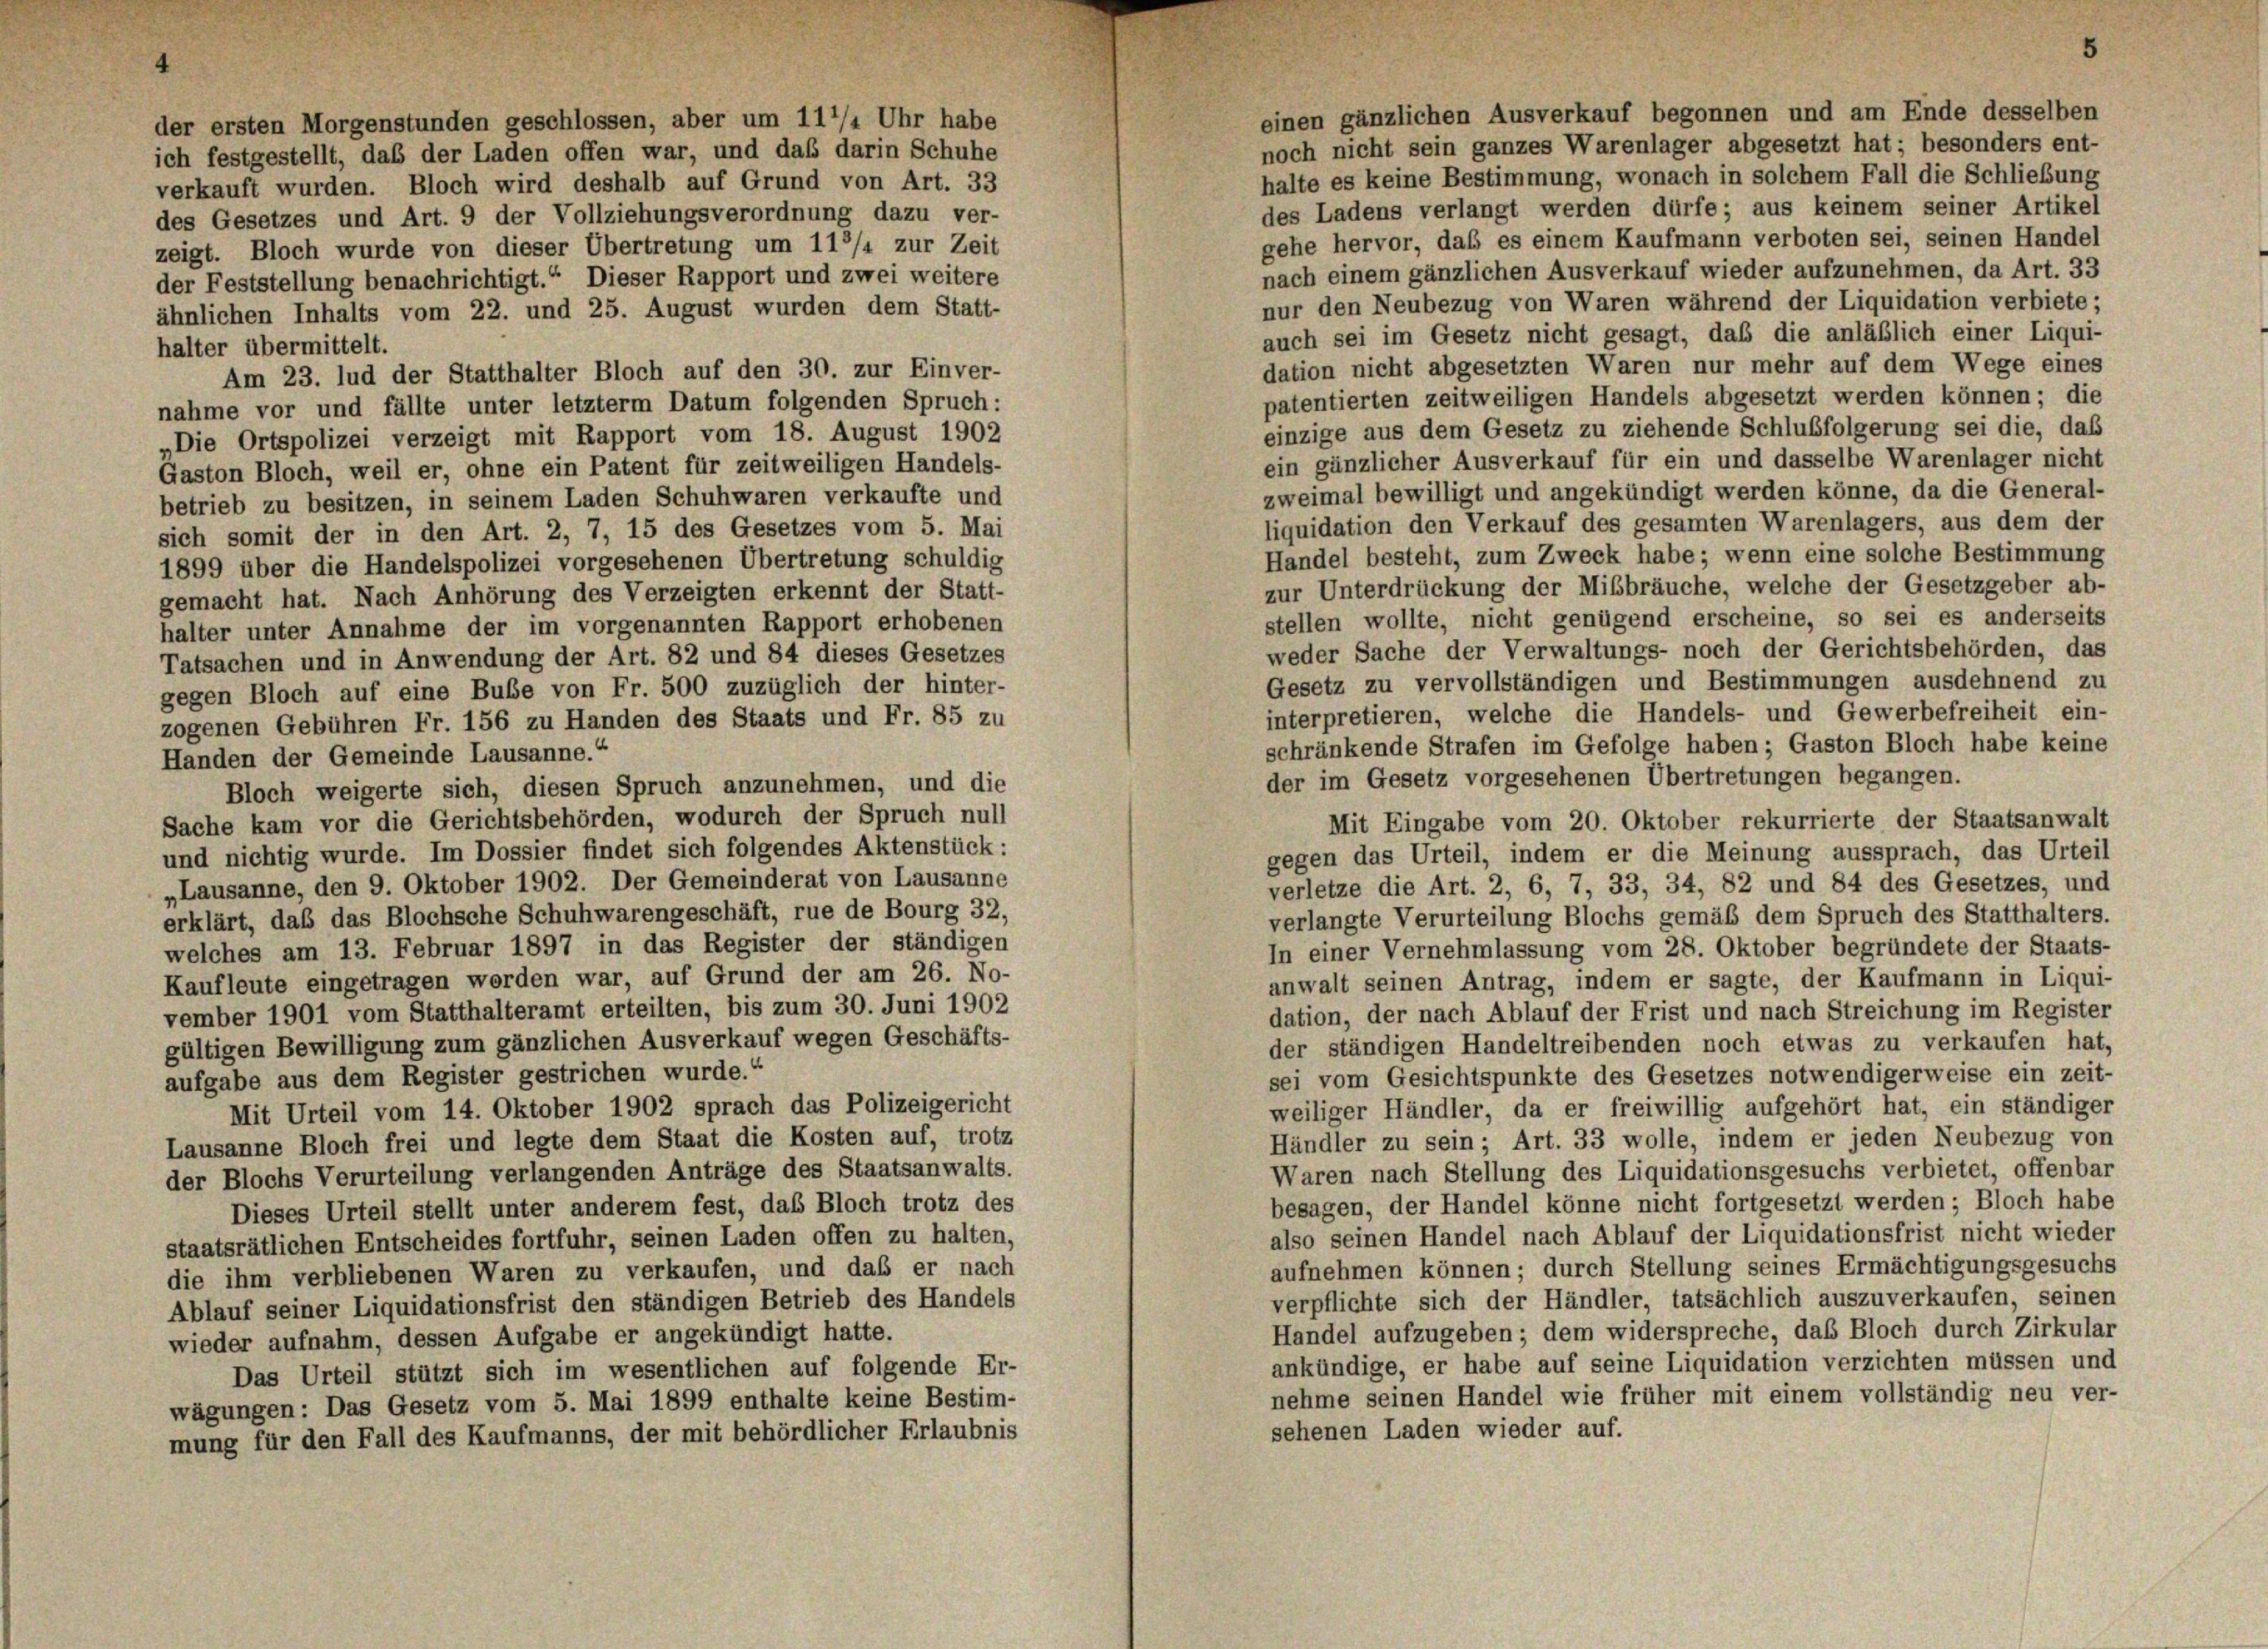
der ersten Morgenstunden geschlossen, aber um 117/4 Uhr habe

5

einen gänzlichen Ausverkauf begonnen und am Ende desselben
noch nicht sein ganzes Warenlager abgesetzt hat; besonders ent-
ich festgestellt, das der Laden offen war, und daß darin Schuhe
halte es keine Bestimmung, wonach in solchem Fall die Schließung
verkauft wurden. Bloch wird deshalb auf Grund von Art. 33
des Ladens verlangt werden dürfe; aus keinem seiner Artikel
des Gesetzes und Art. 9 der Vollziehungsverordnung dazu ver-
gehe hervor, daß es einem Kaufmann verboten sei, seinen Handel
zeigt. Bloch wurde von dieser Übertretung um 11/4 zur Zeit
nach einem gänzlichen Ausverkauf wieder aufzunehmen, da Art. 33
der Feststellung benachrichtigt.“ Dieser Rapport und zwei weitere
nur den Neubezug von Waren während der Liquidation verbiete;
ähnlichen Inhalts vom 22. und 25. August wurden dem Statt-
auch sei im Gesetz nicht gesagt, daß die anläßlich einer Liqui-
halter übermittelt.
dation nicht abgesetzten Waren nur mehr auf dem Wege eines
Am 23. lud der Statthalter Bloch auf den 30. zur Einver-
patentierten zeitweiligen Handels abgesetzt werden können; die
nahme vor und fällte unter letzterm Datum folgenden Spruch:
einzige aus dem Gesetz zu ziehende Schlußfolgerung sei die, das
„Die Ortspolizei verzeigt mit Rapport vom 18. August 1902
ein gänzlicher Ausverkauf für ein und dasselbe Warenlager nicht
Gaston Bloch, weil er, ohne ein Patent für zeitweiligen Handels-
zweimal bewilligt und angekündigt werden könne, da die General-
betrieb zu besitzen, in seinem Laden Schuhwaren verkaufte und
liquidation den Verkauf des gesamten Warenlagers, aus dem der
sich somit der in den Art. 2, 7, 15 des Gesetzes vom 5. Mai
Handel besteht, zum Zweck habe; wenn eine solche Bestimmung
1899 über die Handelspolizei vorgesehenen Übertretung schuldig
zur Unterdrückung der Mißbräuche, welche der Gesetzgeber ab-
gemacht hat. Nach Anhörung des Verzeigten erkennt der Statt-
stellen wollte, nicht genügend erscheine, so sei es anderseits
halter unter Annahme der im vorgenannten Rapport erhobenen
weder Sache der Verwaltungs- noch der Gerichtsbehörden, das
Tatsachen und in Anwendung der Art. 82 und 84 dieses Gesetzes
Gesetz zu vervollständigen und Bestimmungen ausdehnend zu
gegen Bloch auf eine Bube von Fr. 500 zuzüglich der hinter-
interpretieren, welche die Handels- und Gewerbefreiheit ein-
zogenen Gebühren Fr. 156 zu Handen des Staats und Fr. 85 zu
schränkende Strafen im Gefolge haben; Gaston Bloch habe keine
Handen der Gemeinde Lausanne.“
der im Gesetz vorgesehenen Übertretungen begangen.
Bloch weigerte sich, diesen Spruch anzunehmen, und die
Sache kam vor die Gerichtsbehörden, wodurch der Spruch null
Mit Eingabe vom 20. Oktober rekurrierte der Staatsanwalt
und nichtig wurde. Im Dossier findet sich folgendes Aktenstück:
gegen das Urteil, indem er die Meinung aussprach, das Urteil
„Lausanne, den 9. Oktober 1902. Der Gemeinderat von Lausanne
verletze die Art. 2, 6, 7, 33, 34, 82 und 84 des Gesetzes, und
erklärt, daß das Blochsche Schuhwarengeschäft, rue de Bourg 32,
verlangte Verurteilung Blochs gemäß dem Spruch des Statthalters.
welches am 13. Februar 1897 in das Register der ständigen
In einer Vernehmlassung vom 28. Oktober begründete der Staats-
Kaufleute eingetragen werden war, auf Grund der am 26. No-
anwalt seinen Antrag, indem er sagte, der Kaufmann in Liqui-
vember 1901 vom Statthalteramt erteilten, bis zum 30. Juni 1902
dation, der nach Ablauf der Frist und nach Streichung im Register
gültigen Bewilligung zum gänzlichen Ausverkauf wegen Geschäfts-
der ständigen Handeltreibenden noch etwas zu verkaufen hat,
sei vom Gesichtspunkte des Gesetzes notwendigerweise ein zeit-
aufgabe aus dem Register gestrichen wurde.
weiliger Händler, da er freiwillig aufgehört hat, ein ständiger
Mit Urteil vom 14. Oktober 1902 sprach das Polizeigericht
Händler zu sein; Art. 33 wolle, indem er jeden Neubezug von
Lausanne Bloch frei und legte dem Staat die Kosten auf, trotz
Waren nach Stellung des Liquidationsgesuchs verbietet, offenbar
der Blochs Verurteilung verlangenden Anträge des Staatsanwalts.
besagen, der Handel könne nicht fortgesetzt werden; Bloch habe
Dieses Urteil stellt unter anderem fest, das Bloch trotz des
also seinen Handel nach Ablauf der Liquidationsfrist nicht wieder
staatsrätlichen Entscheides fortfuhr, seinen Laden offen zu halten,
aufnehmen können; durch Stellung seines Ermächtigungsgesuchs
die ihm verbliebenen Waren zu verkaufen, und daß er nach
verpflichte sich der Händler, tatsächlich auszuverkaufen, seinen
Ablauf seiner Liquidationsfrist den ständigen Betrieb des Handels
Handel aufzugeben; dem widerspreche, das Bloch durch Zirkular
wieder aufnahm, dessen Aufgabe er angekündigt hatte.
ankündige, er habe auf seine Liquidation verzichten müssen und
Das Urteil stützt sich im wesentlichen auf folgende Er-
nehme seinen Handel wie früher mit einem vollständig neu ver-
wägungen: Das Gesetz vom 5. Mai 1899 enthalte keine Bestim-
sehenen Laden wieder auf.
mung für den Fall des Kaufmanns, der mit behördlicher Erlaubnis